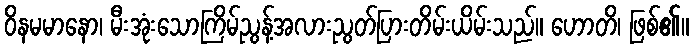
ဝိနမမာနော၊ မီးအုံးသောကြိမ်ညွန့်အလားညွတ်ပြားတိမ်းယိမ်းသည်။ ဟောတိ၊ ဖြစ်၏။